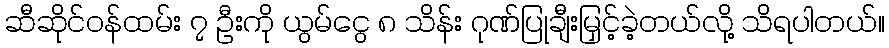
ဆီဆိုင်ဝန်ထမ်း ၇ ဦးကို ယွမ်ငွေ ၈ သိန်း ဂုဏ်ပြုချီးမြှင့်ခဲ့တယ်လို့ သိရပါတယ်။